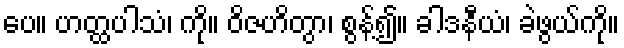
ပေ။ ဟတ္ထပါသံ၊ ကို။ ဝိဇဟိတွာ၊ စွန့်၍။ ခါဒနီယံ၊ ခဲဖွယ်ကို။